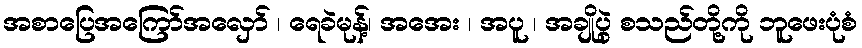
အစာပြေအကြော်အလှော် ၊ ရေခဲမုန့်၊ အအေး ၊ အပူ ၊ အချိုပွဲ စသည်တို့ကို ဘူဖေးပုံစံ